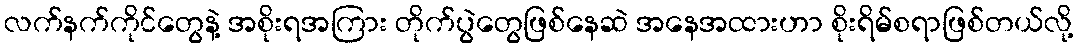
လက်နက်ကိုင်တွေနဲ့ အစိုးရအကြား တိုက်ပွဲတွေဖြစ်နေဆဲ အနေအထားဟာ စိုးရိမ်စရာဖြစ်တယ်လို့